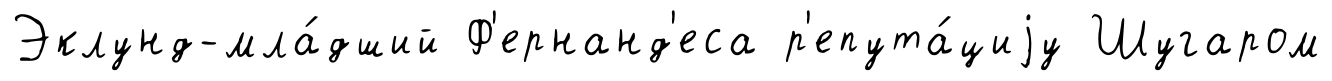
Эклунд-мла́дший Ф'ернанд'еса р'епута́циjу Шугаром